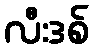
လီးဒစ်